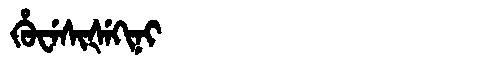
Manchu: ᡥᡠᠸᡝᠰᡳᡧᡝᡴᡳᠨᡳ
Romanization: HUWESIŠEKINI